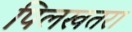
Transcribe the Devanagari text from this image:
पिलखतरा